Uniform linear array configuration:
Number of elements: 24
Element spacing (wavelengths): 0.25
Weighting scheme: uniform
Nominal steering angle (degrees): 15
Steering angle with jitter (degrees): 15.127
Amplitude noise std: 0.05
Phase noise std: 0.05

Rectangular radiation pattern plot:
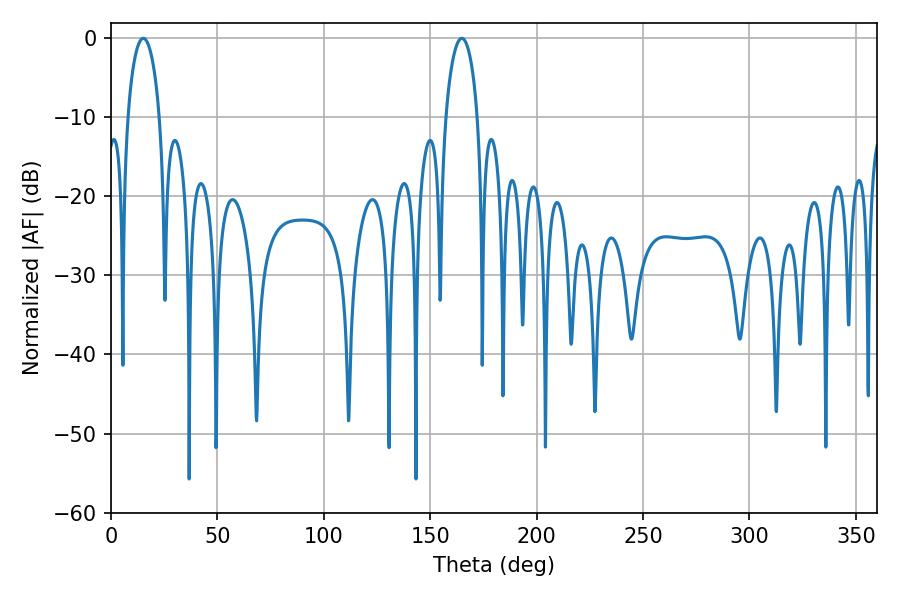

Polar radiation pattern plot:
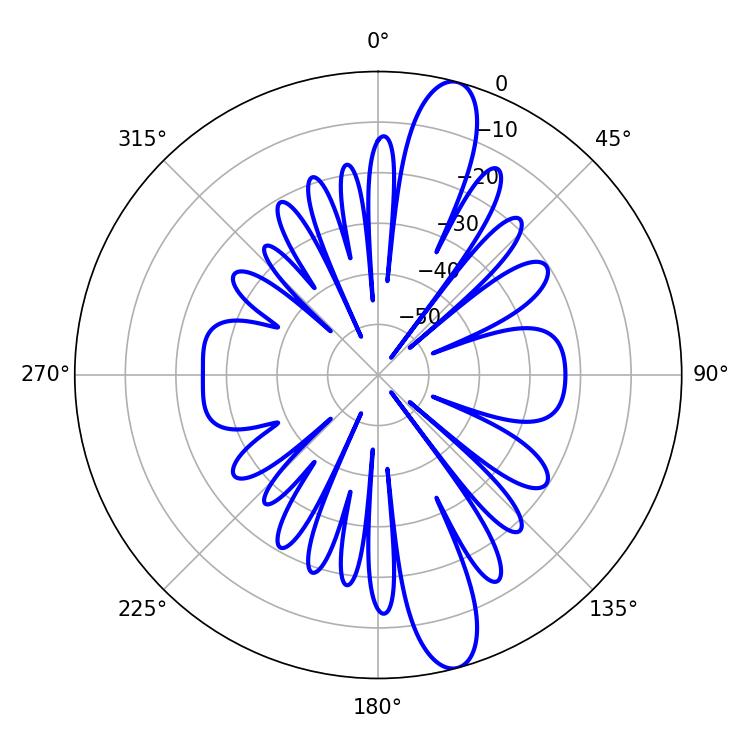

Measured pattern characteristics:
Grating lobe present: FALSE
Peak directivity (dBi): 13.514
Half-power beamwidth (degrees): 8.46
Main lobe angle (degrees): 15.12